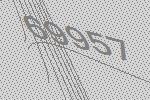
69957